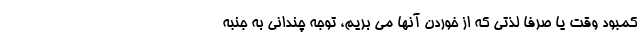
کمبود وقت یا صرفا لذتی که از خوردن آنها می بریم، توجه چندانی به جنبه